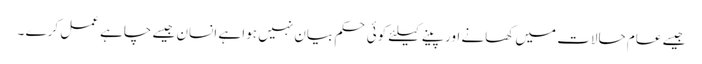
جیسے عام حالات میں کھانے اور پینے کیلئے کوئی حکم بیان نہیں ہوا ہے انسان جیسے چاہے عمل کرے ۔